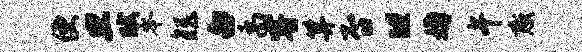
便旦赋岑矩白禹睿算否“婚午惑